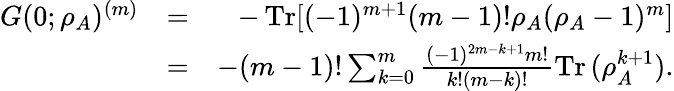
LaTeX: \begin{array}{rlr}{G(0;\rho_{A})^{(m)}}&{=}&{-\operatorname{Tr}[(-1)^{m+1}(m-1)!\rho_{A}(\rho_{A}-1)^{m}]}\\ &{=}&{-(m-1)!\sum_{k=0}^{m}\frac{(-1)^{2m-k+1}m!}{k!(m-k)!}\operatorname{Tr}{(\rho_{A}^{k+1})}.}\end{array}